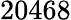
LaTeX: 20468